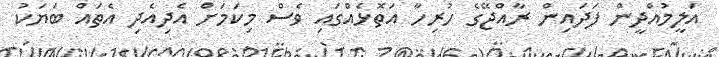
އަލީމުއްދީން ފަދައިން ރާއްޖޭގެ ހުރިހާ އަތޮޅެއްގައި ވެސް މިކަމަށް އެދިއެދި އެތައް ބަޔަކު